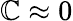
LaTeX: \mathbb{C}\approx0